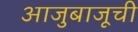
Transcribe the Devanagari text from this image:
आजुबाजूची